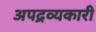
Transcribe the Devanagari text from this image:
अपद्रव्यकारी